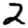
Digit: 2